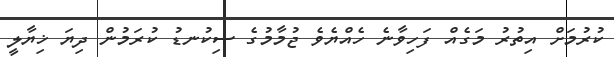
ކުރުމަށް އިތުރު މަގެއް ފަހިވާނެ ހެއްޔެވެ ޖުމާމުގެ ސިކުނޑު ކުރަމުން ދިޔަ ޚިޔާލީ